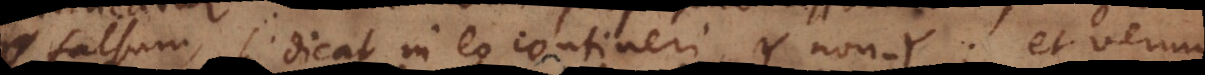
falsum, si dicat in eo contineri Y non‐Y; et veru